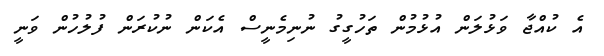
އެ ކުއްޖާ ވަޅުލަން އުޅުމުން ތަހުގީގު ނުނިމެނީސް އެކަން ނުކުރަން ފުލުހުން ވަނީ